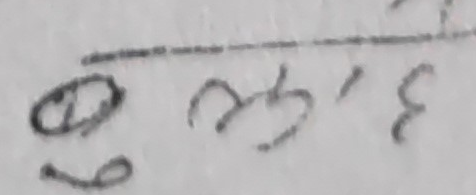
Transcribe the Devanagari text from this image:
६९ ३६, ३